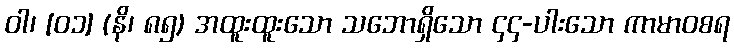
ဝါ၊ [၀၁] (နိ၊ ၈၅) အထူးထူးသော သဘောရှိသော ၄၄-ပါးသော ကာမာဝစရ